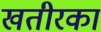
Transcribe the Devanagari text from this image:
खतीरका